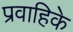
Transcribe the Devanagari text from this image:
प्रवाहिके